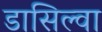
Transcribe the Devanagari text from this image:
डासिल्वा